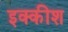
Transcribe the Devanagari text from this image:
इक्कीश